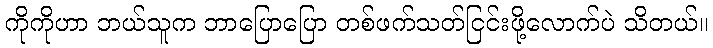
ကိုကိုဟာ ဘယ်သူက ဘာပြောပြော တစ်ဖက်သတ်ငြင်းဖို့လောက်ပဲ သိတယ်။